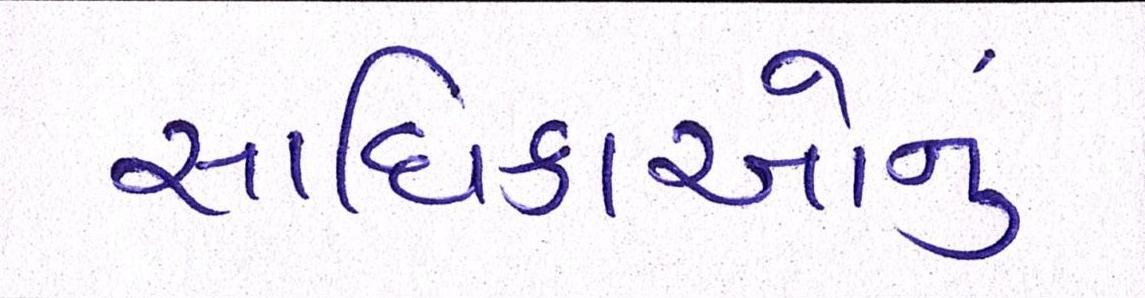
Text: સાધિકાઓનું